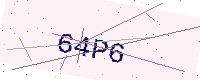
Text: 64P6